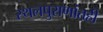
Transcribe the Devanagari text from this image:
स्थलपुराणांतही